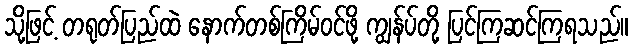
သို့ဖြင့် တရုတ်ပြည်ထဲ နောက်တစ်ကြိမ်ဝင်ဖို့ ကျွန်ပ်တို့ ပြင်ကြဆင်ကြရသည်။